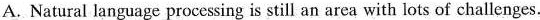
A. Natural language processing is still an area with lots of challenges.